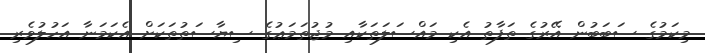
މިކަމުގެ ސަބަބުން އޭރުގެ ތަފާތު އެކި މައްސަލަތަކާއި މުޖުތަމަޢުގެ ސިޔާސަތުތަކަށް އެކަމަނާ އަހުލުވެރި